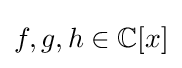
f,g,h\in \mathbb {C} [x]